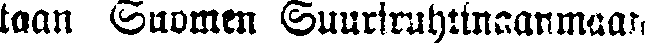
taan Suomen Suuriruhtinaanmaan